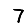
Digit: 7